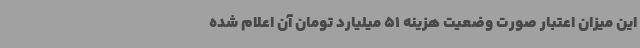
این میزان اعتبار صورت‌ وضعیت هزینه 51 میلیارد تومان آن اعلام‌ شده